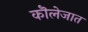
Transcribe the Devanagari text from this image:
कॊलेजात